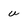
Character: u